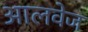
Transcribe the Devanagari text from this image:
आलवेज